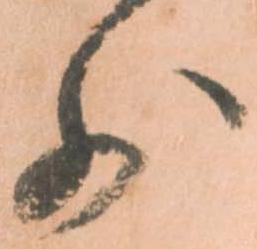
少